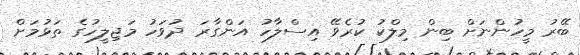
ބޭރު މީހުންނަށް ބިން މިލްކު ކުރެވޭ އިސްލާހު އަންގާރަ ދުވަހު މަޖިލީހުގެ ތަޅުމަށް